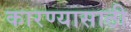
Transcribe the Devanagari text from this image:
कारण्यासाठी